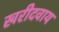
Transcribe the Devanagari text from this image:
खरीदवाय